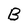
Character: B